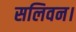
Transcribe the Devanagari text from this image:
सलिवन।